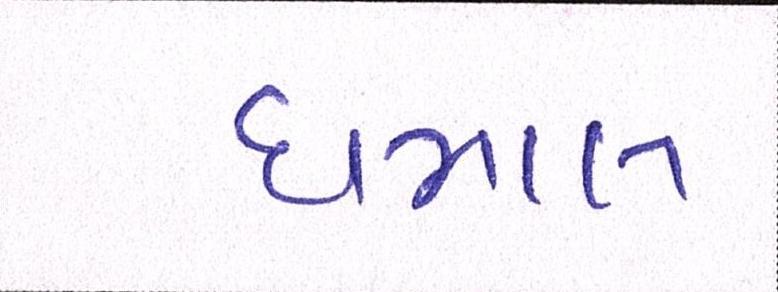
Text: ધમાલ